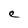
Character: e